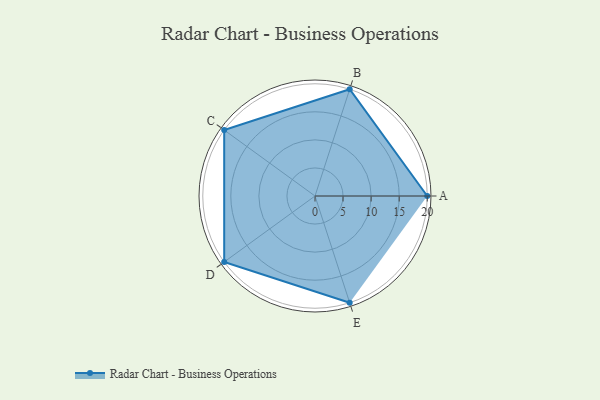
{"axis": {"x": "Skill", "y": "Score"}, "legend": ["Profile"], "data": [{"x": "A", "y": 20.0, "type": "Profile"}, {"x": "B", "y": 20, "type": "Profile"}, {"x": "C", "y": 20, "type": "Profile"}, {"x": "D", "y": 20, "type": "Profile"}, {"x": "E", "y": 20, "type": "Profile"}]}